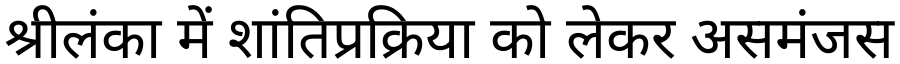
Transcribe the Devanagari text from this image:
श्रीलंका में शांतिप्रक्रिया को लेकर असमंजस